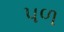
પળ